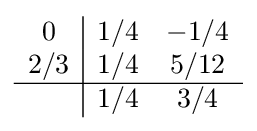
{\begin{array}{c|cc}0&1/4&-1/4\\2/3&1/4&5/12\\\hline &1/4&3/4\\\end{array}}